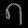
Digit: ၈